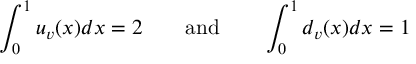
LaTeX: \int _ { 0 } ^ { 1 } u _ { v } ( x ) d x = 2 \qquad \mathrm { a n d } \qquad \int _ { 0 } ^ { 1 } d _ { v } ( x ) d x = 1